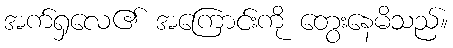
အက်ရှလေ၏ အကြောင်းကို တွေးနေမိသည်။